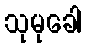
သုမုခေါ